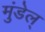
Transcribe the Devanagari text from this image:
मुंडेल्